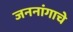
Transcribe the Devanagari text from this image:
जननांगाचे